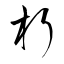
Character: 朽